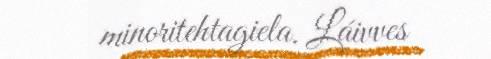
minoritehtagiela. Láivves